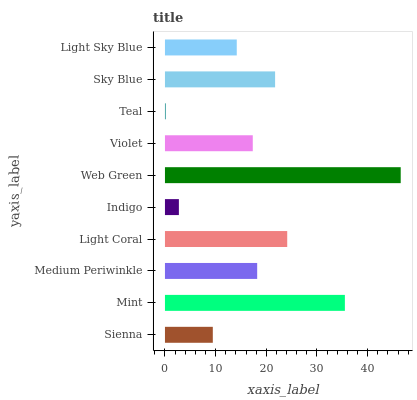
| yaxis_label | bars |
 | --- | --- |
 | Sienna | 9.44 |
 | Mint | 35.5 |
 | Medium Periwinkle | 18.2 |
 | Light Coral | 24.1 |
 | Indigo | 2.75 |
 | Web Green | 46.5 |
 | Violet | 17.3 |
 | Teal | 0.137 |
 | Sky Blue | 21.7 |
 | Light Sky Blue | 14.2 |